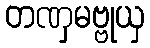
တဏှမဗ္ဗုယှ